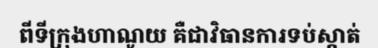
ពីទីក្រុងហាណូយ គឺជាវិធានការទប់ស្កាត់